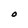
Character: O